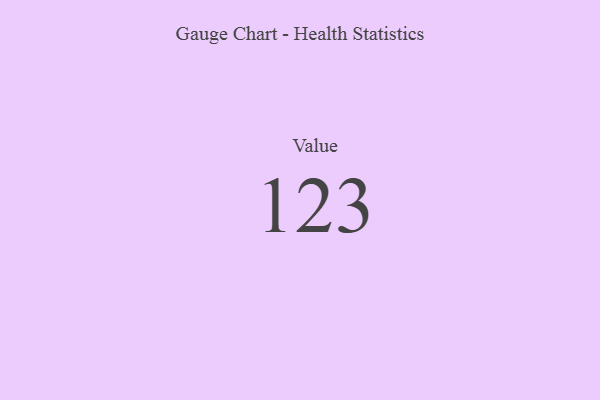
{"axis": {"x": "Metric", "y": "Value"}, "legend": [""], "data": [{"x": "Value", "y": 123, "type": ""}]}